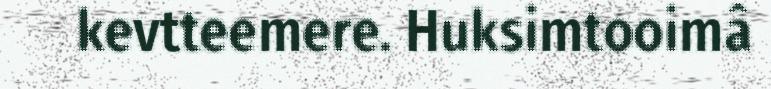
kevtteemere. Huksimtooimâ